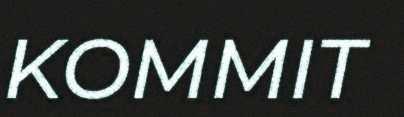
KOMMIT